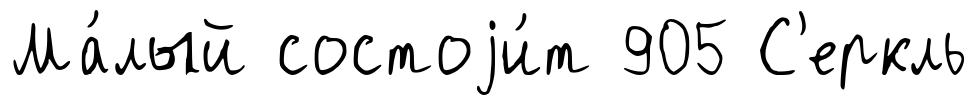
Ма́лый состоjи́т 905 С'еркль